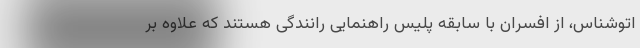
اتوشناس، از افسران با سابقه پلیس راهنمایی رانندگی هستند که علاوه بر